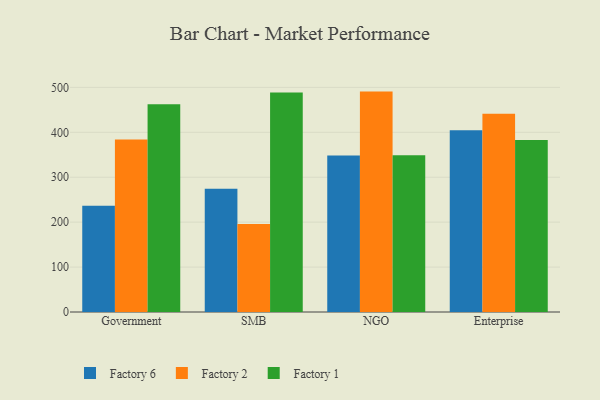
{"axis": {"x": "Segment", "y": "Temperature (°C)"}, "legend": ["Factory 1", "Factory 2", "Factory 6"], "data": [{"x": "Government", "y": 236.3, "type": "Factory 6"}, {"x": "Government", "y": 384.0, "type": "Factory 2"}, {"x": "Government", "y": 462.3, "type": "Factory 1"}, {"x": "SMB", "y": 274.3, "type": "Factory 6"}, {"x": "SMB", "y": 195.7, "type": "Factory 2"}, {"x": "SMB", "y": 488.5, "type": "Factory 1"}, {"x": "NGO", "y": 348.3, "type": "Factory 6"}, {"x": "NGO", "y": 490.6, "type": "Factory 2"}, {"x": "NGO", "y": 348.9, "type": "Factory 1"}, {"x": "Enterprise", "y": 404.3, "type": "Factory 6"}, {"x": "Enterprise", "y": 441.5, "type": "Factory 2"}, {"x": "Enterprise", "y": 382.7, "type": "Factory 1"}]}